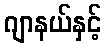
ဂျာနယ်နှင့်